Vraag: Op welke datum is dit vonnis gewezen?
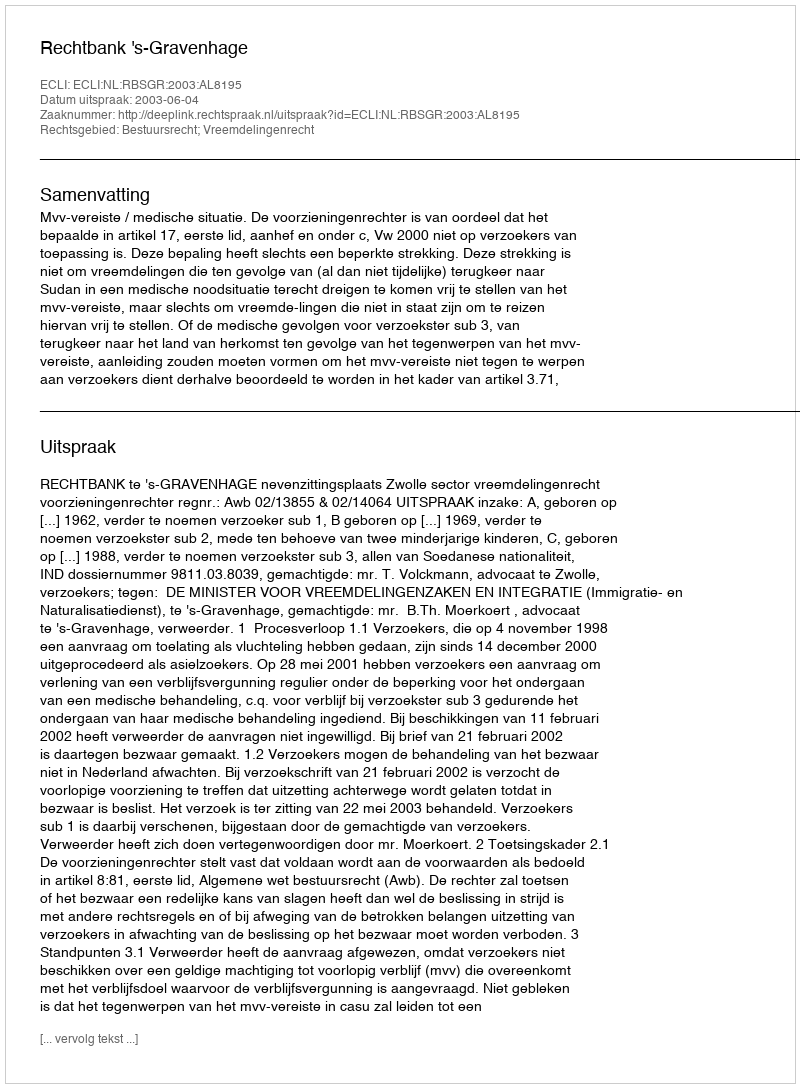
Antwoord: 2003-06-04